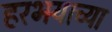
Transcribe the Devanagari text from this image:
हरभर्‍याच्या